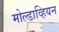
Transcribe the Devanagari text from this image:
मोल्डाव्हियन